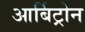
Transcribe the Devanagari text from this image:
आर्बिट्रोन